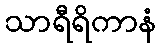
သာရီရိကာနံ